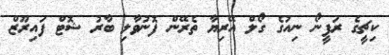
ކިޗީގެ ރަފީނޯ ނިއުގެ ގޯލް އޭރިޔާ ތެރޭން ފޮނުވާލި ބާރު ޝޮޓް ފައިރޫޒް